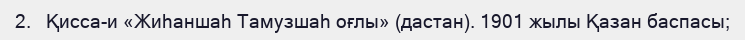
2.   Қисса-и «Жиһаншаһ Тамузшаһ оғлы» (дастан). 1901 жылы Қазан баспасы;